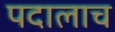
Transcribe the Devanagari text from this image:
पदालाच